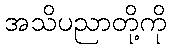
အသိပညာတို့ကို